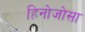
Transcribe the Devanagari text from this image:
हिनोजोसा